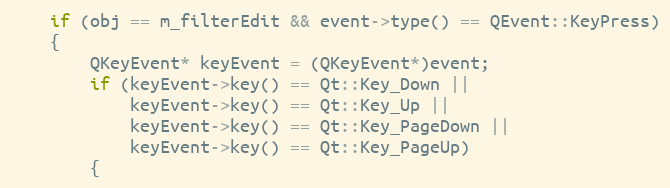
Language: C++
	if (obj == m_filterEdit && event->type() == QEvent::KeyPress)
	{
		QKeyEvent* keyEvent = (QKeyEvent*)event;
		if (keyEvent->key() == Qt::Key_Down ||
		    keyEvent->key() == Qt::Key_Up ||
		    keyEvent->key() == Qt::Key_PageDown ||
		    keyEvent->key() == Qt::Key_PageUp)
		{